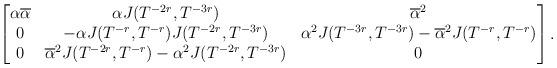
LaTeX: \begin{align*}\begin{bmatrix}\alpha\overline\alpha&\alpha J(T^{-2r},T^{-3r})&\overline\alpha^2\\0&-\alpha J(T^{-r},T^{-r})J(T^{-2r},T^{-3r})&\alpha^2J(T^{-3r},T^{-3r})-\overline\alpha^2J(T^{-r},T^{-r})\\0&\overline\alpha^2 J(T^{-2r},T^{-r})-\alpha^2 J(T^{-2r},T^{-3r})&0\end{bmatrix}.\end{align*}